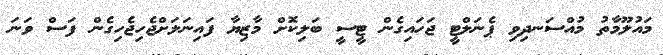
މައުލޫމާތު މުއްސަނދިވި ޕެނަލްޓީ ޖަހައިގެން ޓީސީ ބަލިކޮށް މާޒިޔާ ފައިނަލަށްޖެހިޖެހިގެން ފަސް ވަނަ